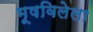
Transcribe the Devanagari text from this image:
भूषविलेला